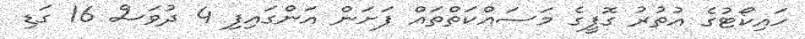
ހައިކޯޓުގެ އުތުރު ގޮފީގެ މަސައްކަތްތައް ފަށަން އަންގައިފި 4 ދުވަސް 16 ގަޑި